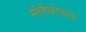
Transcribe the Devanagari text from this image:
मॉलीब्लेडनम